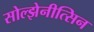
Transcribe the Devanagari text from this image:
सोल्झेनीत्सिन